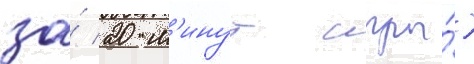
за́ 20 м'инут игры́)